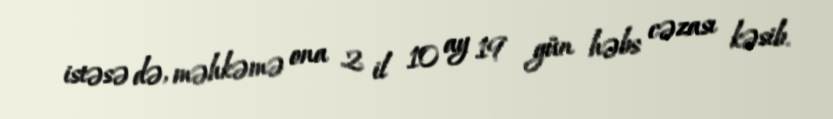
istəsə də, məhkəmə ona 2 il 10 ay 19 gün həbs cəzası kəsib.